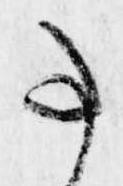
事